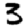
Digit: 3